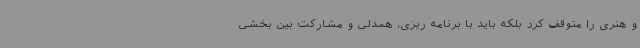
و هنری را متوقف کرد بلکه باید با برنامه ریزی، همدلی و مشارکت بین بخشی